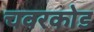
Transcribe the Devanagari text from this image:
चवरकोड